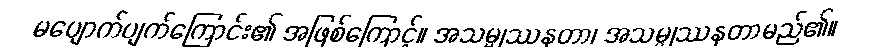
မပျောက်ပျက်ကြောင်း၏ အဖြစ်ကြောင့်။ အသမ္မုဿနတာ၊ အသမ္မုဿနတာမည်၏။